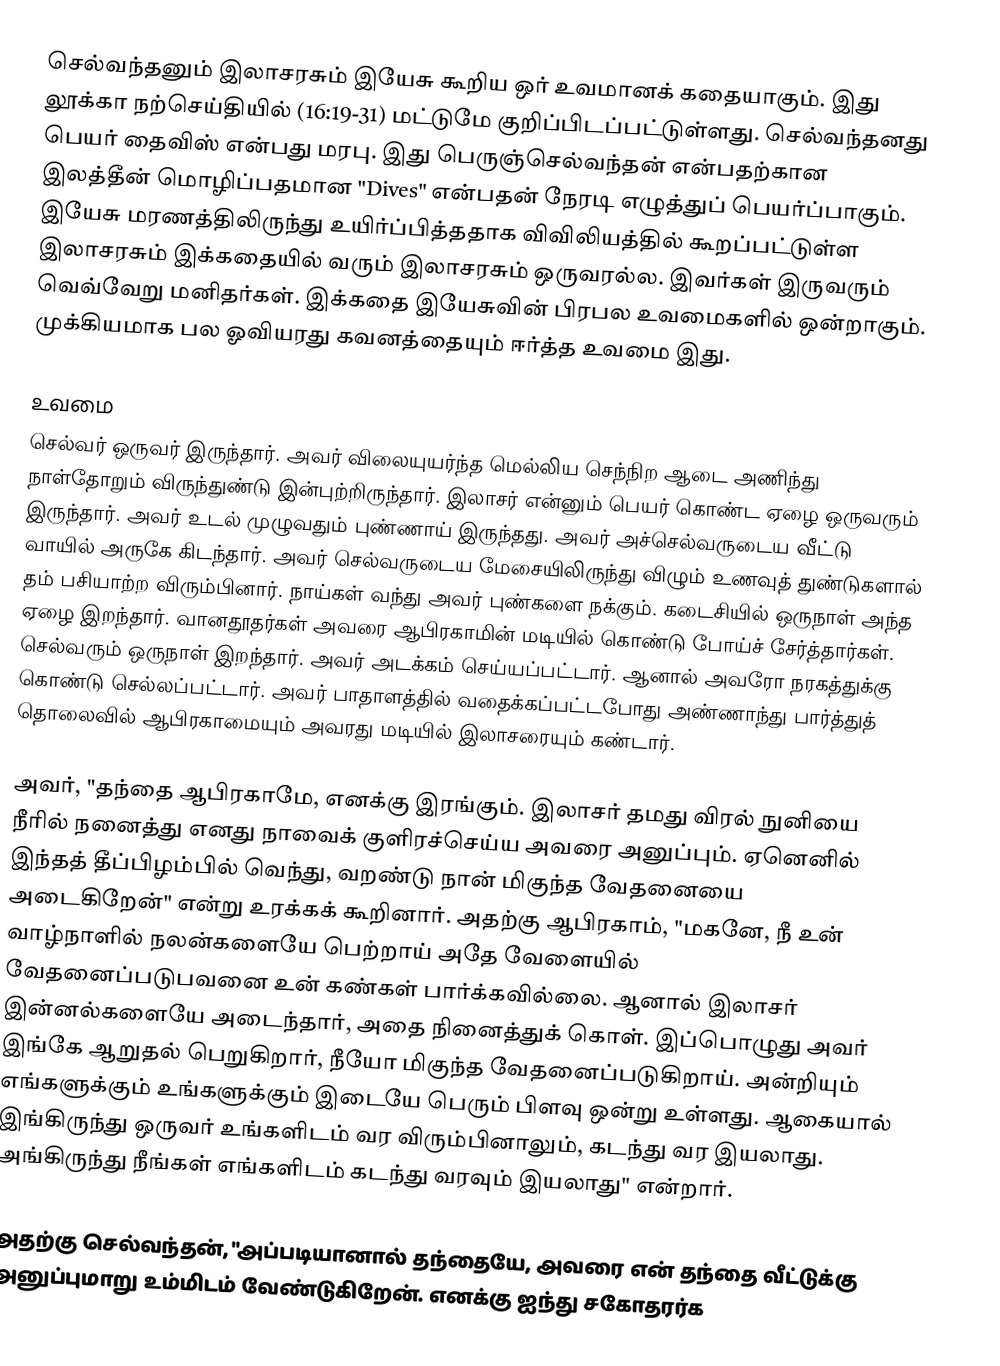
செல்வந்தனும் இலாசரசும் இயேசு கூறிய ஒர் உவமானக் கதையாகும். இது லூக்கா நற்செய்தியில் (16:19-31) மட்டுமே குறிப்பிடப்பட்டுள்ளது. செல்வந்தனது பெயர் தைவிஸ் என்பது மரபு. இது பெருஞ்செல்வந்தன் என்பதற்கான இலத்தீன் மொழிப்பதமான "Dives" என்பதன் நேரடி எழுத்துப் பெயர்ப்பாகும். இயேசு மரணத்திலிருந்து உயிர்ப்பித்ததாக விவிலியத்தில் கூறப்பட்டுள்ள இலாசரசும் இக்கதையில் வரும் இலாசரசும் ஒருவரல்ல. இவர்கள் இருவரும் வெவ்வேறு மனிதர்கள். இக்கதை இயேசுவின் பிரபல உவமைகளில் ஒன்றாகும். முக்கியமாக பல ஓவியரது கவனத்தையும் ஈர்த்த உவமை இது.

உவமை
செல்வர் ஒருவர் இருந்தார். அவர் விலையுயர்ந்த மெல்லிய செந்நிற ஆடை அணிந்து நாள்தோறும் விருந்துண்டு இன்புற்றிருந்தார். இலாசர் என்னும் பெயர் கொண்ட ஏழை ஒருவரும் இருந்தார். அவர் உடல் முழுவதும் புண்ணாய் இருந்தது. அவர் அச்செல்வருடைய வீட்டு வாயில் அருகே கிடந்தார். அவர் செல்வருடைய மேசையிலிருந்து விழும் உணவுத் துண்டுகளால் தம் பசியாற்ற விரும்பினார். நாய்கள் வந்து அவர் புண்களை நக்கும். கடைசியில் ஒருநாள் அந்த ஏழை இறந்தார். வானதூதர்கள் அவரை ஆபிரகாமின் மடியில் கொண்டு போய்ச் சேர்த்தார்கள். செல்வரும் ஒருநாள் இறந்தார். அவர் அடக்கம் செய்யப்பட்டார். ஆனால் அவரோ நரகத்துக்கு கொண்டு செல்லப்பட்டார். அவர் பாதாளத்தில் வதைக்கப்பட்டபோது அண்ணாந்து பார்த்துத் தொலைவில் ஆபிரகாமையும் அவரது மடியில் இலாசரையும் கண்டார்.

அவர், "தந்தை ஆபிரகாமே, எனக்கு இரங்கும். இலாசர் தமது விரல் நுனியை நீரில் நனைத்து எனது நாவைக் குளிரச்செய்ய அவரை அனுப்பும். ஏனெனில் இந்தத் தீப்பிழம்பில் வெந்து, வறண்டு நான் மிகுந்த வேதனையை அடைகிறேன்" என்று உரக்கக் கூறினார். அதற்கு ஆபிரகாம், "மகனே, நீ உன் வாழ்நாளில் நலன்களையே பெற்றாய் அதே வேளையில் வேதனைப்படுபவனை உன் கண்கள் பார்க்கவில்லை. ஆனால் இலாசர் இன்னல்களையே அடைந்தார், அதை நினைத்துக் கொள். இப்பொழுது அவர் இங்கே ஆறுதல் பெறுகிறார், நீயோ மிகுந்த வேதனைப்படுகிறாய். அன்றியும் எங்களுக்கும் உங்களுக்கும் இடையே பெரும் பிளவு ஒன்று உள்ளது. ஆகையால் இங்கிருந்து ஒருவர் உங்களிடம் வர விரும்பினாலும், கடந்து வர இயலாது. அங்கிருந்து நீங்கள் எங்களிடம் கடந்து வரவும் இயலாது" என்றார்.

அதற்கு செல்வந்தன், "அப்படியானால் தந்தையே, அவரை என் தந்தை வீட்டுக்கு அனுப்புமாறு உம்மிடம் வேண்டுகிறேன். எனக்கு ஐந்து சகோதரர்க